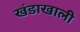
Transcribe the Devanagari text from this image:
खंडाखाली